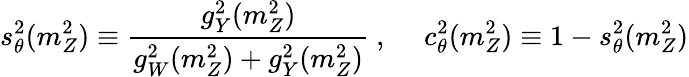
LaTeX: s_{\theta}^{2}(m_{Z}^{2})\equiv\frac{g_{Y}^{2}(m_{Z}^{2})}{g_{W}^{2}(m_{Z}^{2})+g_{Y}^{2}(m_{Z}^{2})}~,~~~~~c_{\theta}^{2}(m_{Z}^{2})\equiv 1-s_{\theta}^{2}(m_{Z}^{2})